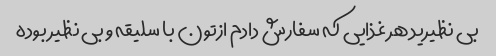
بی نظیرید هر غذایی که سفارش دادم ازتون با سلیقه و بی نظیر بوده